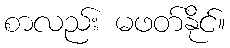
စာလည်း မဖတ်နိုင်။